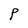
Character: P